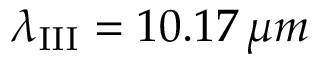
\lambda _ { \mathrm { I I I } } = 1 0 . 1 7 \, \mu m